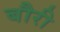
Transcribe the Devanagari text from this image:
बौरी